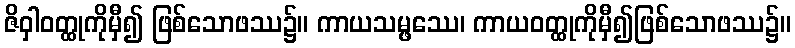
ဇိဝှါဝတ္ထုကိုမှီ၍ ဖြစ်သောဖဿ၌။ ကာယသမ္ဖဿေ၊ ကာယဝတ္ထုကိုမှီ၍ဖြစ်သောဖဿ၌။